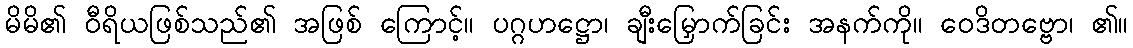
မိမိ၏ ဝီရိယဖြစ်သည်၏ အဖြစ် ကြောင့်။ ပဂ္ဂဟဋ္ဌော၊ ချီးမြှောက်ခြင်း အနက်ကို။ ဝေဒိတဗ္ဗော၊ ၏။